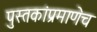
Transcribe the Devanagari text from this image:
पुस्तकांप्रमाणेच